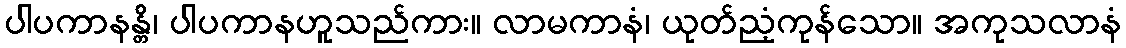
ပါပကာနန္တိ၊ ပါပကာနဟူသည်ကား။ လာမကာနံ၊ ယုတ်ညံ့ကုန်သော။ အကုသလာနံ